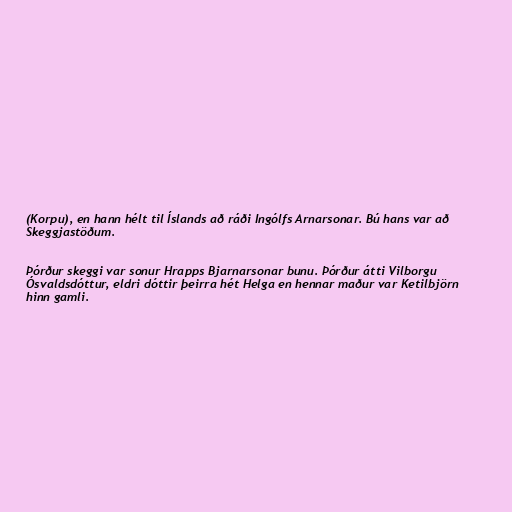
(Korpu), en hann hélt til Íslands að ráði Ingólfs Arnarsonar. Bú hans var að
Skeggjastöðum.

Þórður skeggi var sonur Hrapps Bjarnarsonar bunu. Þórður átti Vilborgu
Ósvaldsdóttur, eldri dóttir þeirra hét Helga en hennar maður var Ketilbjörn
hinn gamli.